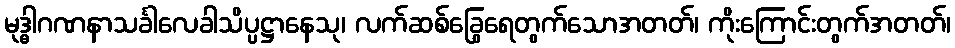
မုဒ္ဓါဂဏနာသင်္ခါလေခါသိပ္ပဋ္ဌာနေသု၊ လက်ဆစ်ခြွေရေတွက်သောအတတ်၊ ကိုးကြောင်းတွက်အတတ်၊